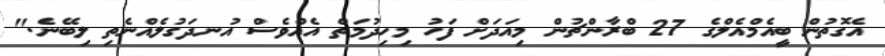
އެގޮތުން ބީއެމްއެލްގެ 27 ބްރާންޗުން މިއަދަށް ފަހު މިހިދުމަތް އެއްވެސް އުނދަގުލެއްނެތި ލިބޭނެ."